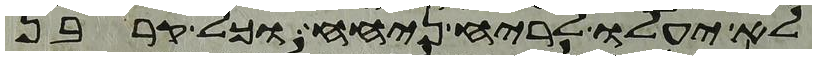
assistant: לא יעלו לריח ניחח וכל קרבן